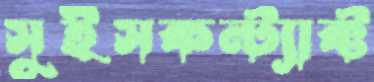
সুইসকন্ট্যাক্ট